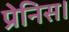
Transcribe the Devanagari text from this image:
प्रेनिस।